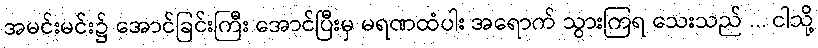
အမင်းမင်း၌ အောင်ခြင်းကြီး အောင်ပြီးမှ မရဏထံပါး အရောက် သွားကြရ သေးသည် ... ငါသို့